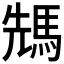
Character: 𩣂